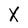
Character: X